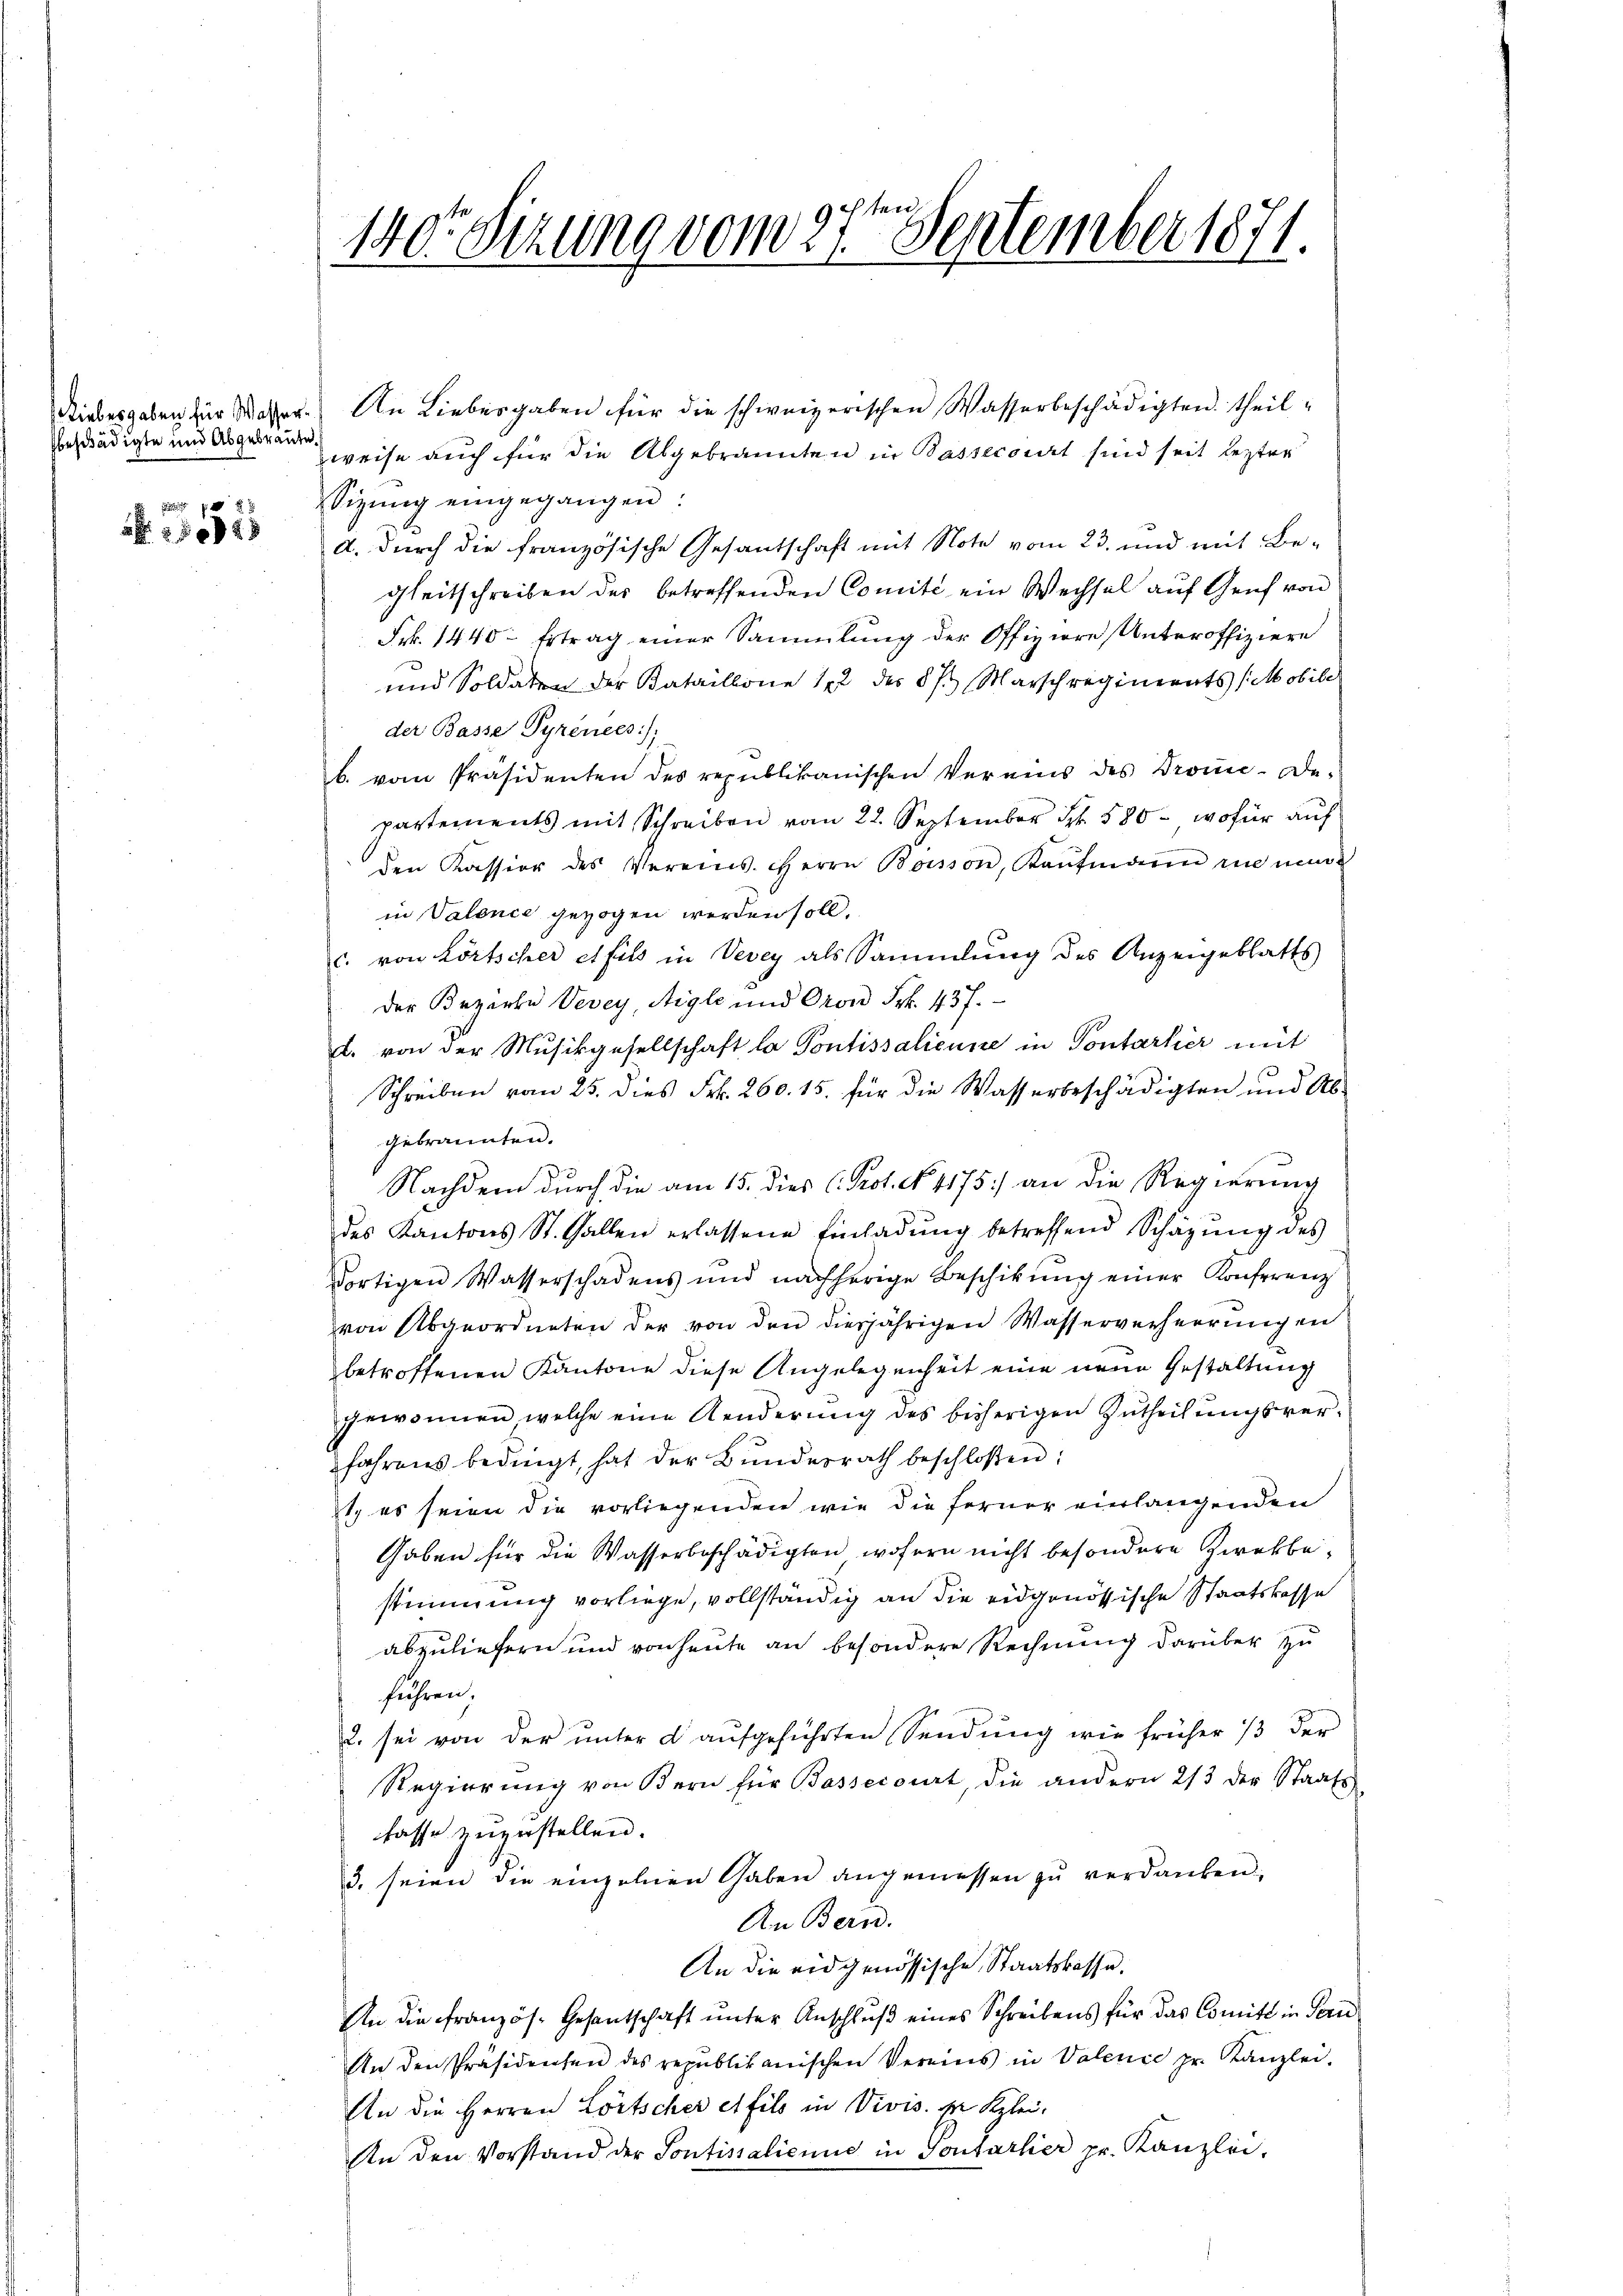
beschädigte und Abgebraute

xx

schten
140. Sizung vom 27. September 1871.

Liebesgaben für Wasser. An Liebesgaben für die schweizerischen Wasserbeschädigten theil
weise auch für die Abgebrannten in Bassecourt sind seit lezter
Sizŭng eingegangen:
d. Durch die französische Gesantschaft mit Note vom 23. und mit Be-
gheitschreiben des betreffenden Comité ein Wechsel auf Genf von
Frk. 1440. Ertrag einer Sammlung der Offiziere Unteroffiziere
und Soldaten der Bataillone 12 des § 7. Marschreinerats (Mobile
der Basse Pyrences);
b. vom Präsidenten des republikanischen Vereins des Bronce-De-
partements mit Schreiben vom 22. September Fr. 580, wofür auf
den Kassion des Vereins. Herrn Boisson, Kaŭfmann in man
in Valence gezogen werden soll.
c. von Lörtscher et fils in Vevey als Sammlung des Anzeigeblatts
Der Bezirke Vevey, Aigle und Oron Frk. 437.
d. von der Musikgesellschaft la Pontissalicune in Pontarlier mit
Schreiben vom 25. dies Frk. 260. 15. für die Wasserbeschädigten und Abgebrannten.
e
Nachdem durch die am 15. dies C. Prot. No 1175) an die Regierung
des Kantons St. Gallen erlassene Einladŭng betreffend Schäzŭng des
dortigen Wasserschadens und nachherige Beschikŭng einer Konferenz
von Abgeordneten der von den diesjährigen Wasserverherrŭngen
betroffenen Kantone diese Angelegenheit eine neue Gestaltung
gewonnen, welche eine Aenderung des bisherigen Zutheilungsverfahrens bedingt, hat der Bŭndesrath beschloßen:
it, es seien die vorliegenden wie die ferner vielangenden
Gaben für die Wasserbeschädigten, wofern nicht besondere Zwekbestimmung vorliege, vollständig an die eidgenössische Staatskasse
abzuliefern und von heute an besondere Rechnung darüber zu
führen.
2. sei von der unter d aufgeführten Sendung wie früher 13 der
Regierŭng von Bern für Bassecourt, die andern 2/3 der Staats-
fasse zuzustellen.
3. seien die einzelnen Gaben angemessen zu verdanken.
An Bern.
An die eidgenössische Staatskasse.
An die Französ. Gesantschaft unter Anschluß eines Schreibens für das Comitt in Pari
An den Präsidenten des republikanischen Vereins in Valence pr. Kanzlei-
An die Herren Lörtscher et fils in Vivis. v. Klei¬
An den Vorstand der Sontissalicums in Pontarlier pr. Kanzlei-